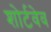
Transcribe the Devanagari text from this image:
शोर्टवेव